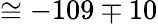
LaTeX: \cong-109\mp 10